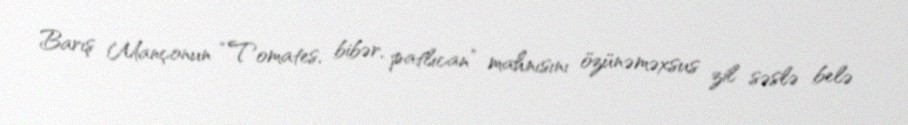
Barış Mançonun “Tomates, bibər, patlıcan” mahnısını özünəməxsus zil səslə belə